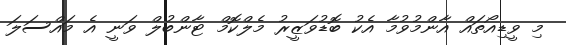
މި ވީޑިއޯތައް އާންމުވުމާ އެކު ބޮޑުވަޒީރު މެލްކޮމް ޓާންބުލް ވަނީ އެ މައްސަލަ